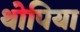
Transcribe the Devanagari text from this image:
थोपिया